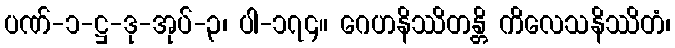
ပဏ်-၁-ဋ္ဌ-ဒု-အုပ်-၃၊ ပါ-၁၇၄။ ဂေဟနိဿိတန္တိ ကိလေသနိဿိတံ၊